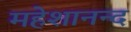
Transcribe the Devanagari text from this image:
महेशानन्द